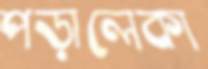
পড়ালেকা